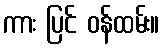
ကား ပြင် ဝန်ထမ်း။